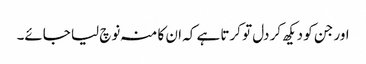
اور جن کو دیکھ کر دل تو کرتا ہے کہ ان کا منہ نوچ لیا جائے۔